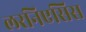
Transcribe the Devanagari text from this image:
लरनिएसिस